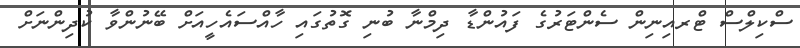
ސްކިލްސް ޓްރއިނިން ސެންޓަރުގެ ފައުންޑާ ދިމްނާ ބުނި ގޮތުގައި ހާއްސައެހީއަށް ބޭނުންވާ ކުދިންނަށް